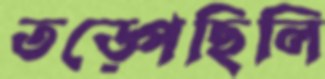
তড়্‌পেছিলি